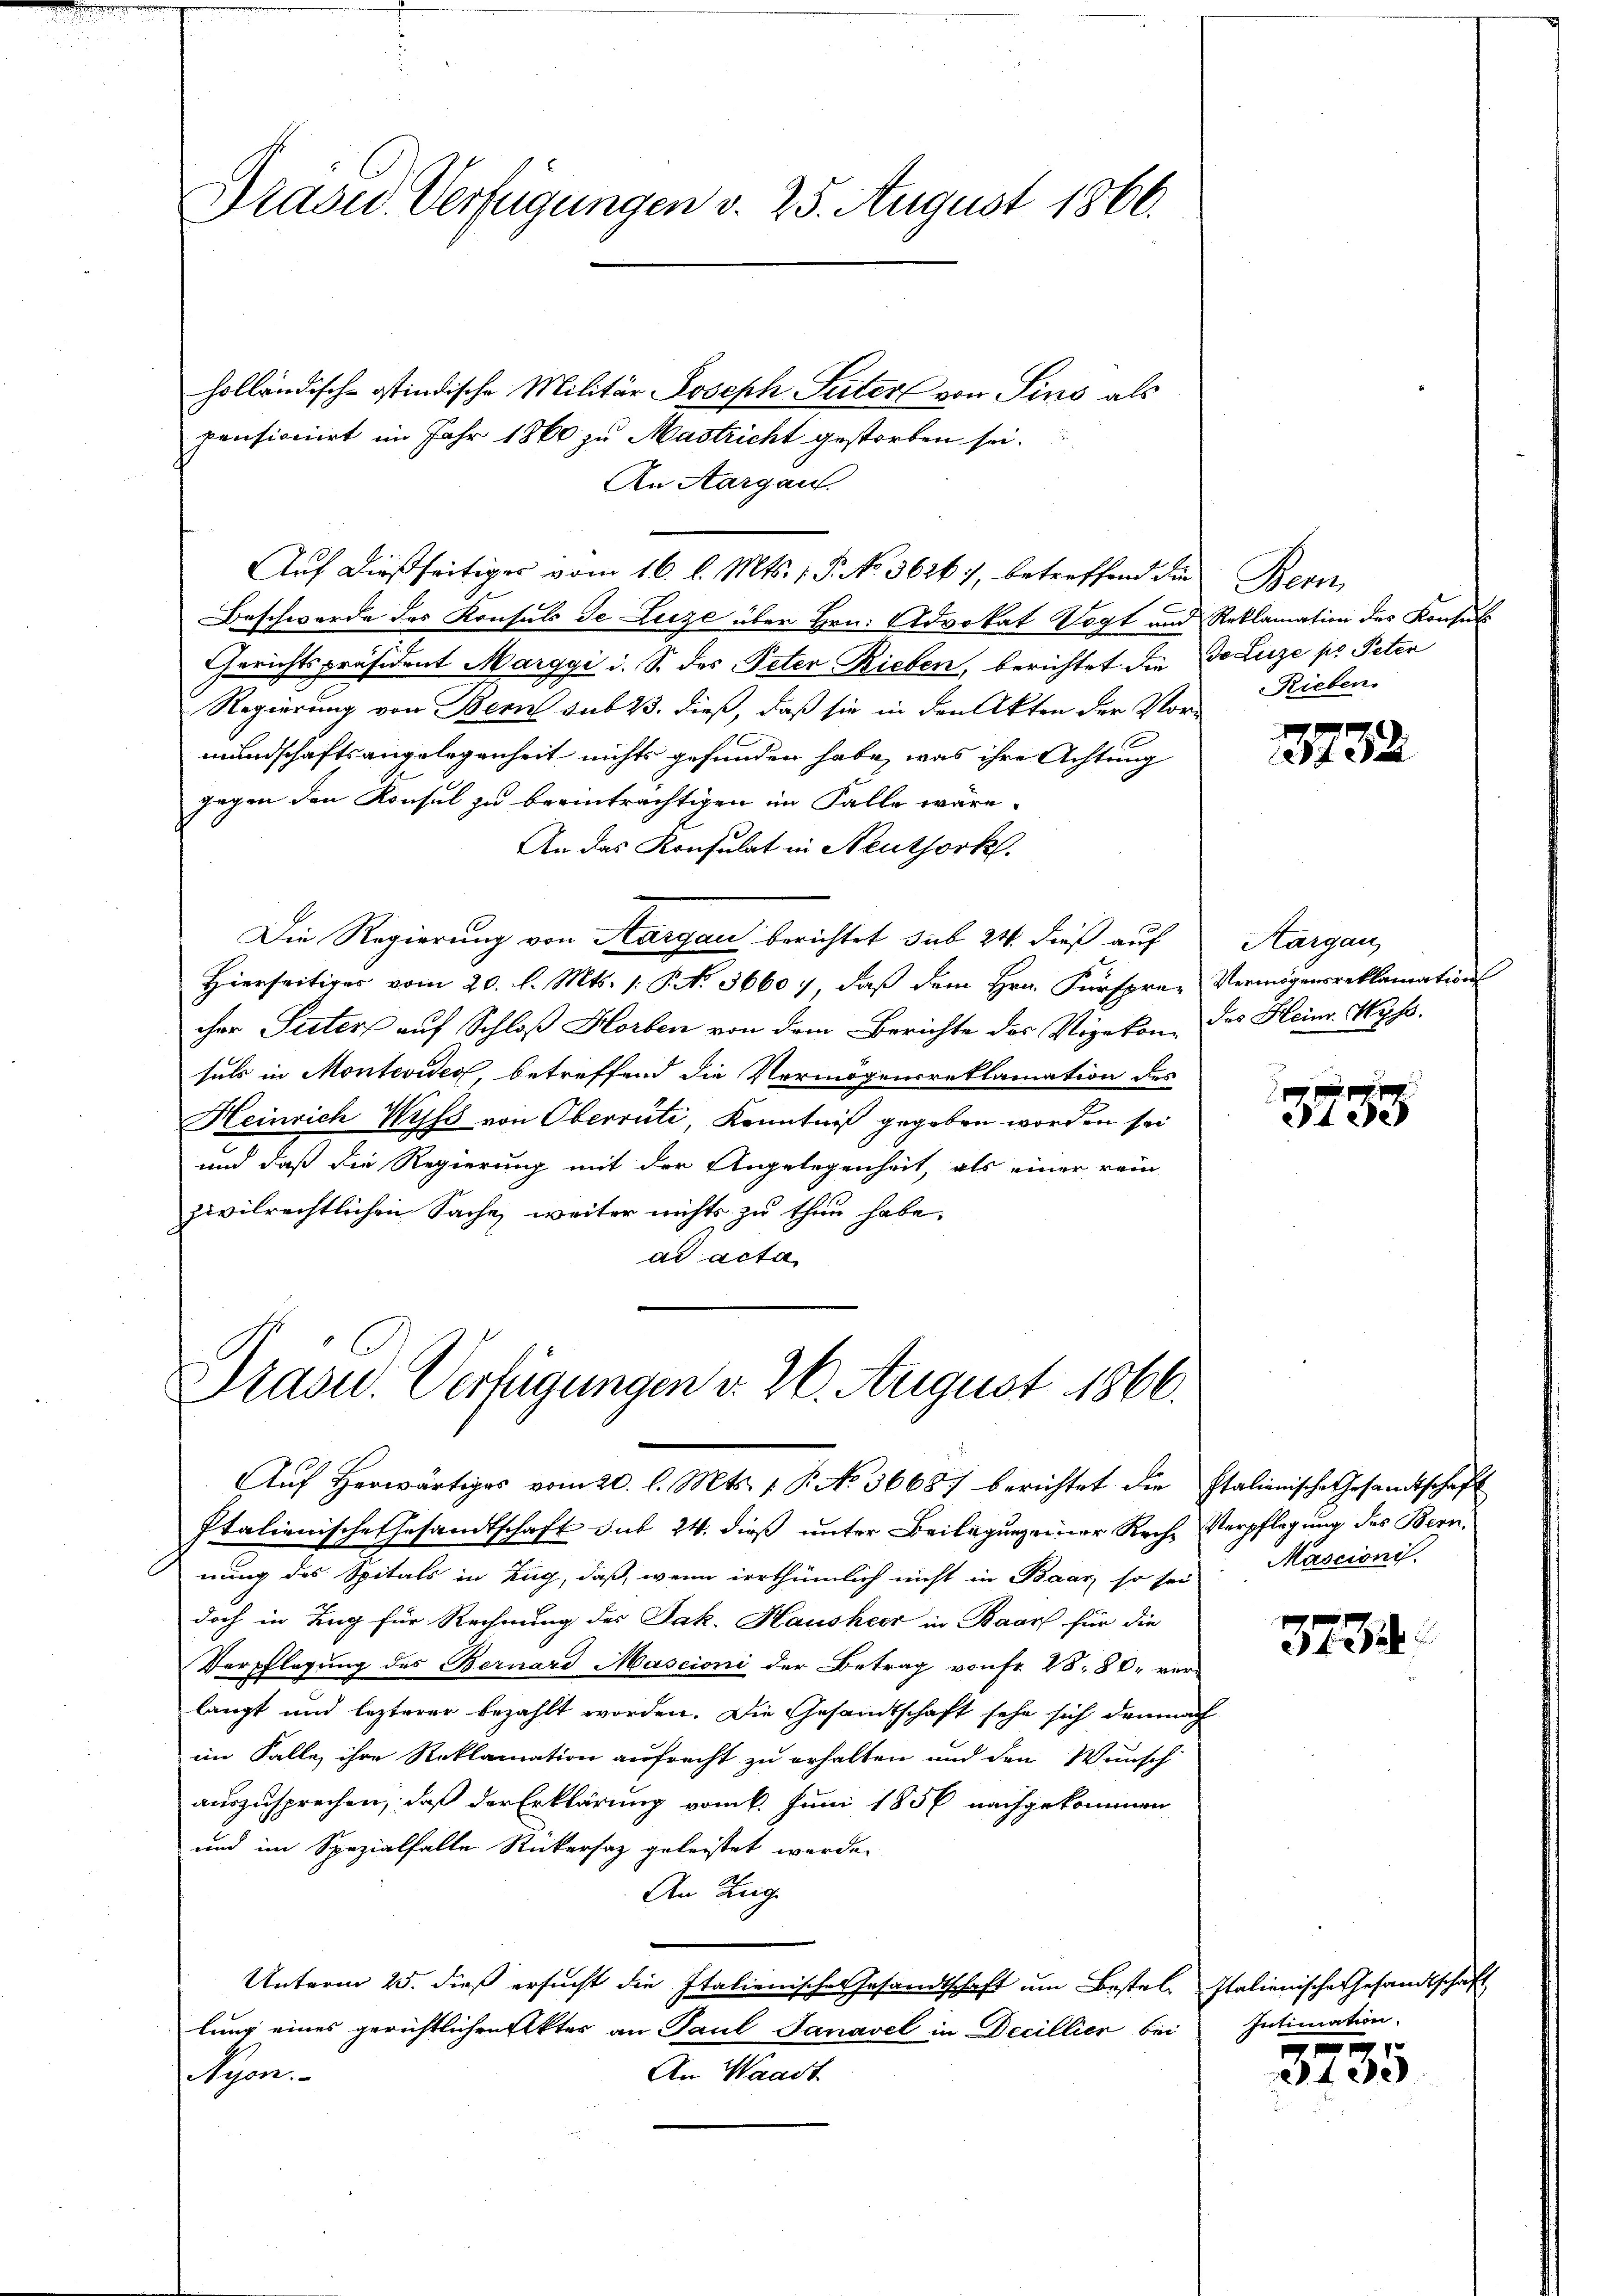
Kräder Verfügungen v. 25. August 1866.

holländisch-ostindische Militär Joseph Seiter von Sins als
pensionirt im Jahr 1860 zu Mastricht gestorben sei.
An Aargau
Beschwerde des Konsuls de Luze über Hrn. Advokat Vogt und Reklamation des Konsuls
Gerichtspräsident Marggi i. S. des Peter Rieben, berichtet die Do Luze pr Peten
Regierung von Bern sub 23. dieß, daß sie in den Akten der Vor-
mundschaftsangelegenheit nichts gefunden habe, was ihre Achtung
gegen den Konsul zu beeinträchtigen im Falle wäre.
An das Konsulat in Neuthork
Die Regierung von Aargau berichtet sub 24. dieß auf
Hierseitiges vom 20. d. Mts. /: P. N. 36607, daß dem Hrn. Fürsprae Vermögensreklamations
cher Seiter auf Schloß Horben von dem Berichte des Vizekon, das Heinr. Wyss.
suls in Montevides, betreffend die Vermögensreklamation des
Heinrich Wyss von Oberrüti, Kenntniß gegeben worden sei
und daß die Regierung mit der Angelegenheit, als einer rein
zivilrechtlichen Sache, weiter nichts zu thun habe.
ad acta

Aŭf dießseitiges vom 16. l. Mts. 1 P. No. 36267, betreffend die Bern,

Italienische Gesandtschaft sub 24. dieß unter Beilagungen der Reche Verpflegung des Bern
nung des Spitals in Zug, daß, wenn irrthümlich nicht in Baar, so sei
doch in Zug für Rechnung des Jak. Hausheer in Baarf für die
Verpflegung des Bernard Mascioni der Betrag von Fr. 28: 80. ver-
langt und lezterer bezahlt worden. Die Gesandtschaft sehe sich demnach
im Falle, ihre Reklamation aufrecht zu erhalten und den Wunsch
auszusprechen, daß der Erklärung vom 6. Juni 1856 nachgekommen
und im Spezialfalle Rickersaz geleistet werde.
An Zug
Unterm 25. dieß ersucht die Italienischer Gesandtschaft um Bestel- Italienische Gesandtschaft
lung eines gerichtlichen Pkter an Paul Danavel in Decillier bei
An Waadt
Nyon.

Präsid.. Verfügungen d. 26. August 1866.
Aŭf herwärtiges vom 20. l. Mts. 1 P. No. 36687 berichtet die Italienische Gesandtschaft

Rieben.

13732

Aargau,

8

Mascioni

3734.

Intimation.

8735